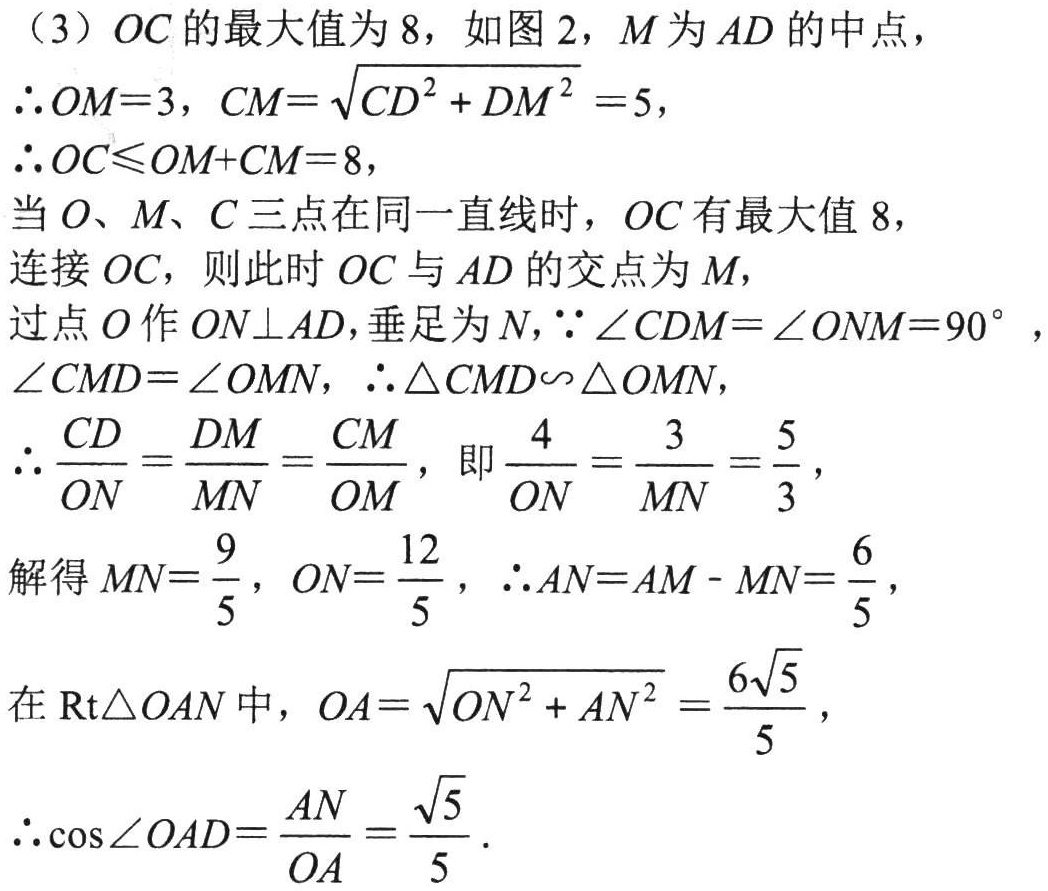
（3）$OC$的最大值为$8$，如图$2$，$M$为$AD$的中点，
$\therefore OM = 3$，$CM=\sqrt{CD^{2}+DM^{2}} = 5$，
$\therefore OC\leqslant OM + CM = 8$，
当$O$、$M$、$C$三点在同一直线时，$OC$有最大值$8$，
连接$OC$，则此时$OC$与$AD$的交点为$M$，
过点$O$作$ON\perp AD$，垂足为$N$，$\because\angle CDM=\angle ONM = 90^{\circ}$，
$\angle CMD=\angle OMN$，$\therefore\triangle CMD\backsim\triangle OMN$，
$\therefore\frac{CD}{ON}=\frac{DM}{MN}=\frac{CM}{OM}$，即$\frac{4}{ON}=\frac{3}{MN}=\frac{5}{3}$，
解得$MN=\frac{9}{5}$，$ON=\frac{12}{5}$，$\therefore AN = AM - MN=\frac{6}{5}$，
在$\text{Rt}\triangle OAN$中，$OA=\sqrt{ON^{2}+AN^{2}}=\frac{6\sqrt{5}}{5}$，
$\therefore\cos\angle OAD=\frac{AN}{OA}=\frac{\sqrt{5}}{5}$．